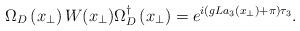
LaTeX: \begin{align*}\Omega_{D}\left(x_{\perp}\right)W(x_{\perp})\Omega_{D}^{\dagger}\left(x_{\perp}\right)=e^{i(gLa_{3}\left(x_{\perp}\right)+\pi)\tau_{3}} .\end{align*}